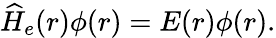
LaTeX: \begin{array}{r}{\widehat H_{e}(r)\phi(r)=E(r)\phi(r).}\end{array}